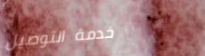
خدمة التوصيل